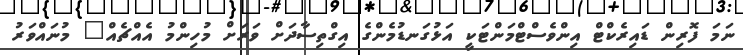
ނަމަ ފޮރިން ޑައިރެކްޓް އިންވެސްޓްމަންޓަކީ އަޅުގަނޑުމެންގެ އިގްތިސާދަށް ވަރަށް މުހިންމު އެއްޗެއް" މުނައްވަރު